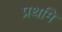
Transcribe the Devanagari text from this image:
प्रथमि